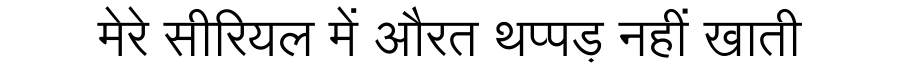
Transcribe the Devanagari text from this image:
मेरे सीरियल में औरत थप्पड़ नहीं खाती